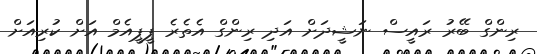
ރިންގް ބޭރު ރައީސް ނަޝީދަށް އަދި ރިންގް އެތެރެ ޕީޕީއެމް އަށް ކުރިއަށް